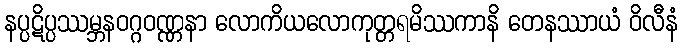
နပ္ပဋိပ္ပဿမ္ဘနဝဂ္ဂဝဏ္ဏနာ လောကိယလောကုတ္တရမိဿကာနိ တေနဿာယံ ဝိလီနံ